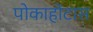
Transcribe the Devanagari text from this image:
पोकाहोंटास